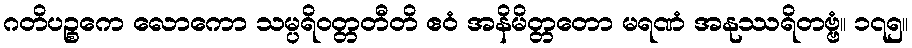
ဂတိပဉ္စကေ လောကော သမ္ပရိဝတ္တတီတိ ဧဝံ အနိမိတ္တတော မရဏံ အနုဿရိတဗ္ဗံ။ ၁၇၅။